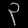
Digit: ၃